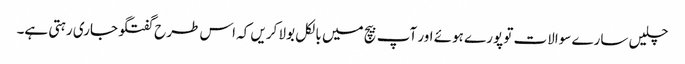
چلیں سارے سوالات تو پورے ہوئے اور آپ بیچ میں بالکل بولا کریں کہ اس طرح گفتگو جاری رہتی ہے۔